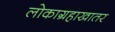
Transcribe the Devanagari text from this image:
लोकाग्रहाखातर